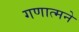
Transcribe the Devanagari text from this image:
गणात्मने